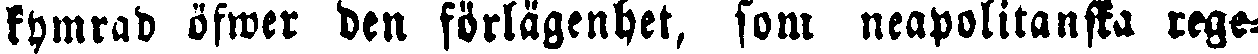
kymrad öfwer den förlägenhet, som neapolitanska rege-